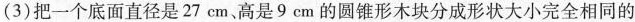
3)把一个底面直径是27cm、高是9cm的圆锥形木块分成形状大小完全相同的